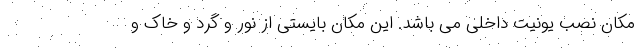
مکان نصب یونیت داخلی می باشد. این مکان بایستی از نور و گرد و خاک و